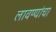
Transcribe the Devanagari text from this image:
लावण्यांचा